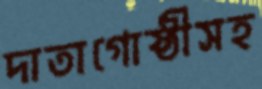
দাতাগোষ্ঠীসহ